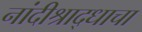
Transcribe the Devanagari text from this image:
नांदीश्राद्धाचा